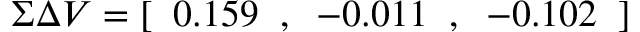
\Sigma \Delta V = [ \; \; 0 . 1 5 9 \; \; , \; \; - 0 . 0 1 1 \; \; , \; \; - 0 . 1 0 2 \; \; ]